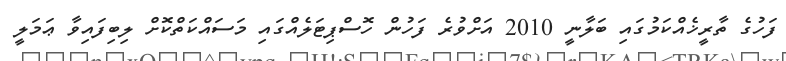
ފަހުގެ ތާރީޚެއްކަމުގައި ބަލާނީ 2010 އަށްވުރެ ފަހުން ހޮސްޕިޓަލެއްގައި މަސައްކަތްކޮށް ލިބިފައިވާ ޢަމަލީ